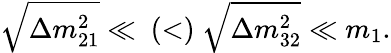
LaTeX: \sqrt{\Delta m_{21}^{2}}\ll~(<)~\sqrt{\Delta m_{32}^{2}}\ll m_{1}.